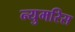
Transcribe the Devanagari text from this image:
न्युमरिस